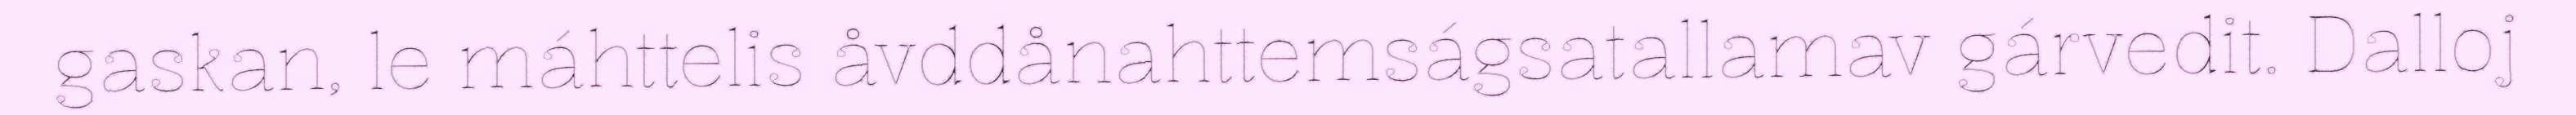
gaskan, le máhttelis åvddånahttemságsatallamav gárvedit. Dalloj